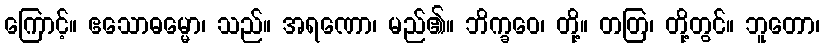
ကြောင့်။ ဧသောဓမ္မော၊ သည်။ အရဏော၊ မည်၏။ ဘိက္ခဝေ၊ တို့။ တတြ၊ တို့တွင်။ ဘူတော၊